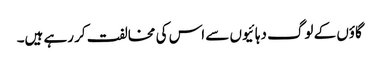
گاؤں کے لوگ دہائیوں سے اس کی مخالفت کر رہے ہیں۔